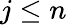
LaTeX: j\le n